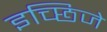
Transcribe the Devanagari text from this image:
इच्छिजे